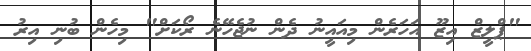
"ޕްލީޒް އިޒޫ އަހަރެން މިއައީނު ދެން ނުޖެހޭނެ ރޯކަށް" މިހެން ބުނި އިރު